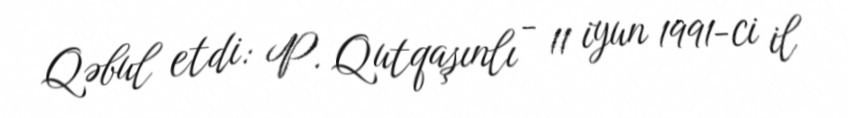
Qəbul etdi: P. Qutqaşınlı - 11 iyun 1991-ci il